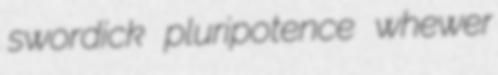
swordick pluripotence whewer